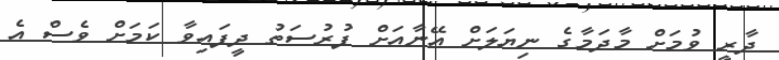
ދާރީ ވުމަށް މާދަމާގެ ނިޔަލަށް އޭނާއަށް ފުރުސަތު ދީފައިވާ ކަމަށް ވެސް އެ